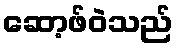
ဆော့ဖ်ဝဲသည်